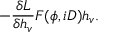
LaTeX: - \frac { \delta { \cal L } } { \delta h _ { v } } F ( \phi , i D ) h _ { v } .